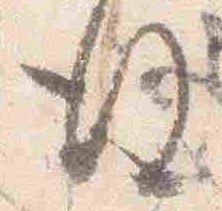
後